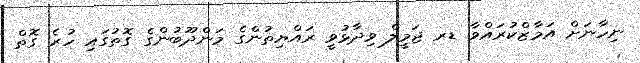
ނިހާނަށް އަމާޒްކުރައްވާ ޑރ ޖަމީލް ވިދާޅުވީ ރައްޔިތުންގެ މަންދޫބުންގެ ގޮތުގައި ހުރެ ގޮތް